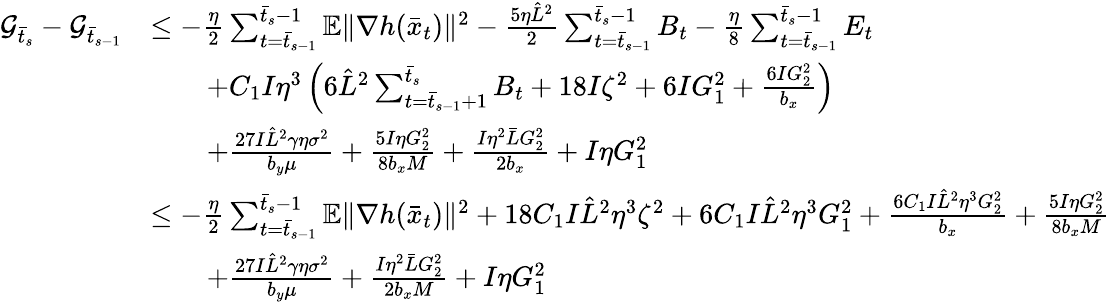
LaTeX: \begin{array}{rl}{\mathcal{G}_{\bar{t}_{s}}-\mathcal{G}_{\bar{t}_{s-1}}}&{\leq-\frac{\eta}{2}\sum_{t=\bar{t}_{s-1}}^{\bar{t}_{s}-1}\mathbb{E}\| \nabla h(\bar{x}_{t})\| ^{2}-\frac{5\eta\hat{L}^{2}}{2}\sum_{t=\bar{t}_{s-1}}^{\bar{t}_{s}-1}B_{t}-\frac{\eta}{8}\sum_{t=\bar{t}_{s-1}}^{\bar{t}_{s}-1}E_{t}}\\ &{\qquad+C_{1}I\eta^{3}\left(6\hat{L}^{2}\sum_{t=\bar{t}_{s-1}+1}^{\bar{t}_{s}}B_{t}+18I\zeta^{2}+6IG_{1}^{2}+\frac{6IG_{2}^{2}}{b_{x}}\right)}\\ &{\qquad+\frac{27I\hat{L}^{2}\gamma\eta\sigma^{2}}{b_{y}\mu}+\frac{5I\eta G_{2}^{2}}{8b_{x}M}+\frac{I\eta^{2}\bar{L}G_{2}^{2}}{2b_{x}}+I\eta G_{1}^{2}}\\ &{\leq-\frac{\eta}{2}\sum_{t=\bar{t}_{s-1}}^{\bar{t}_{s}-1}\mathbb{E}\| \nabla h(\bar{x}_{t})\| ^{2}+18C_{1}I\hat{L}^{2}\eta^{3}\zeta^{2}+6C_{1}I\hat{L}^{2}\eta^{3}G_{1}^{2}+\frac{6C_{1}I\hat{L}^{2}\eta^{3}G_{2}^{2}}{b_{x}}+\frac{5I\eta G_{2}^{2}}{8b_{x}M}}\\ &{\qquad+\frac{27I\hat{L}^{2}\gamma\eta\sigma^{2}}{b_{y}\mu}+\frac{I\eta^{2}\bar{L}G_{2}^{2}}{2b_{x}M}+I\eta G_{1}^{2}}\end{array}